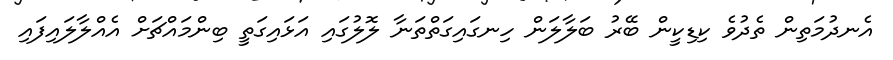
އެނދުމަތިން ތެދުވެ ކިޑިކީން ބޭރު ބަލާލަން ހިނގައިގަތްތަނާ ލޮލުގައި އަޅައިގަތީ ބިންމައްޗަށް އެއްލާލައިފައި